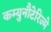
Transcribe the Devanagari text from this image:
कम्युनौटेरिज्मे